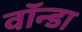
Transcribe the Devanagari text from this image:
वॉन्डा